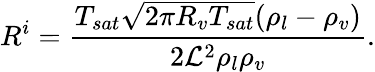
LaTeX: R^{i}=\frac{T_{sat}\sqrt{2\pi R_{v}T_{sat}}(\rho_{l}-\rho_{v})}{2{\cal L}^{2}\rho_{l}\rho_{v}}.